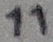
Text: 11